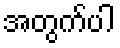
အတွက်ပါ